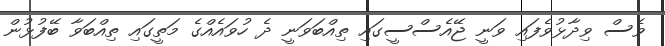
ވެސް ވިދާޅުވެފައި ވަނީ ޖޭއެސްސީގައި ތިއްބަވަނީ ދެ ހުވައެއްގެ މަތީގައި ތިއްބަވާ ބޭފުޅުން